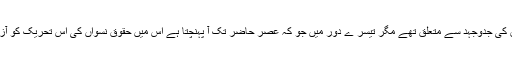
پہلے دو ادوار خواتین کے بنیادی حقوق کی جدوجہد سے متعلق تھے مگر تیسر ے دور میں جو کہ عصر حاضر تک آ پہنچتا ہے اس میں حقوق نسواں کی اس تحریک کو آزادی نسواں کی تحریک میں بدل دیا گیا۔